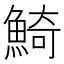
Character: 𩸞